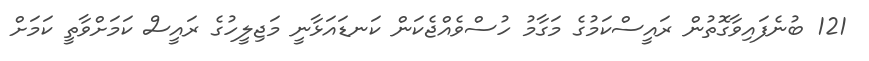
121 ބުނެފައިވާގޮތުން ރައީސްކަމުގެ މަގާމު ހުސްވެއްޖެކަން ކަނޑައަޅާނީ މަޖިލީހުގެ ރައީސް ކަމަށްވާތީ ކަމަށް